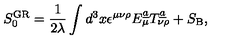
S _ { 0 } ^ { \mathrm { G R } } = { \frac { 1 } { 2 \lambda } } \int d ^ { 3 } x \epsilon ^ { \mu \nu \rho } E _ { \mu } ^ { \underline { { a } } } T _ { \nu \rho } ^ { \underline { { { a } } } } + S _ { \mathrm { B } } ,